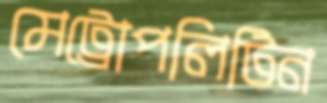
মেট্রোপলিটিন